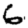
Digit: 6